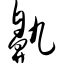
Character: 鼽